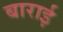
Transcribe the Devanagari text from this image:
बाराई